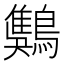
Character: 𪄾